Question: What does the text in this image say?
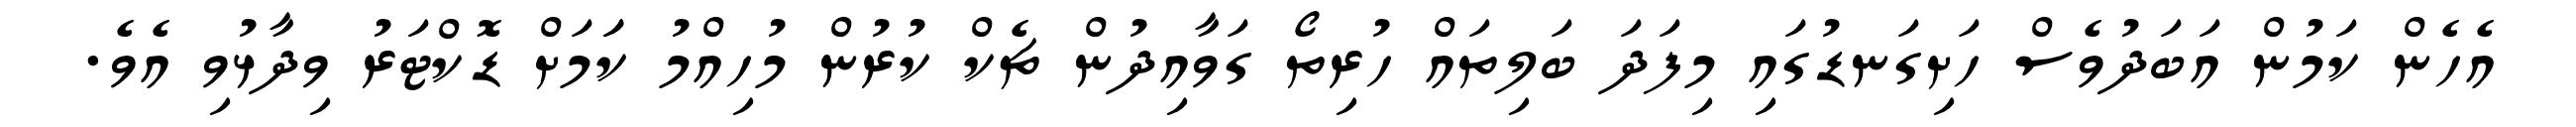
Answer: އެހެން ކަމުން އަބަދުވެސް ހަށިގަނޑުގައި މިފަދަ ބަލިތައް ހުރިތޯ ގަވާއިދުން ޗެކް ކުރުން މުހިއްމު ކަަމަށް ޑޮކްޓަރު ވިދާޅުވި އެވެ.